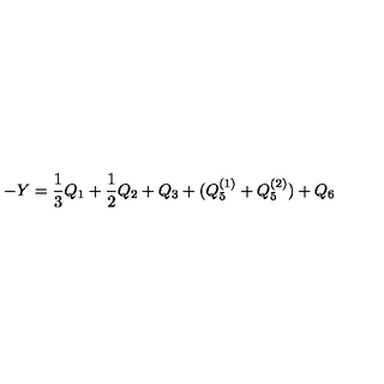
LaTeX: - Y = \frac { 1 } { 3 } Q _ { 1 } + \frac { 1 } { 2 } Q _ { 2 } + Q _ { 3 } + ( Q _ { 5 } ^ { ( 1 ) } + Q _ { 5 } ^ { ( 2 ) } ) + Q _ { 6 }